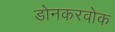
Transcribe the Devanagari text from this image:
डोनकरवोक